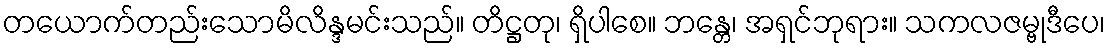
တယောက်တည်းသောမိလိန္ဒမင်းသည်။ တိဋ္ဌတု၊ ရှိပါစေ။ ဘန္တေ၊ အရှင်ဘုရား။ သကလဇမ္ဗုဒီပေ၊